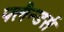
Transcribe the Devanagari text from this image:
फ्लैन्डर्स